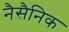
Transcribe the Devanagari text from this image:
नैसैनिक